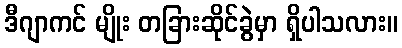
ဒီဂျာကင် မျိုး တခြားဆိုင်ခွဲမှာ ရှိပါသလား။